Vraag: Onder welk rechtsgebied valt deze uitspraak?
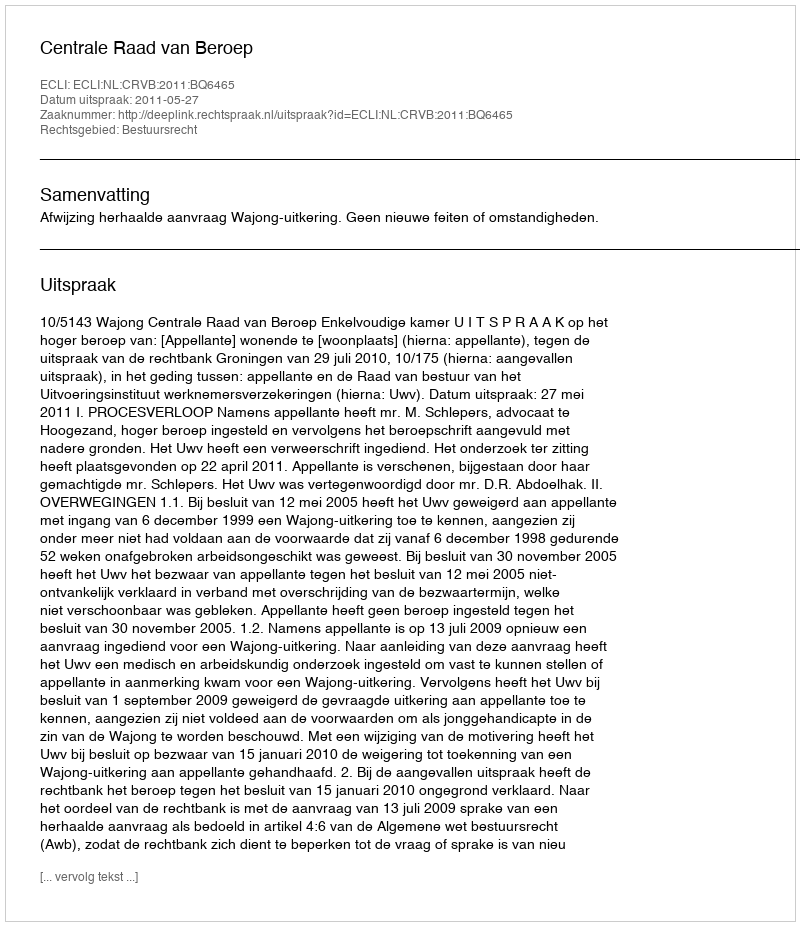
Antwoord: Bestuursrecht